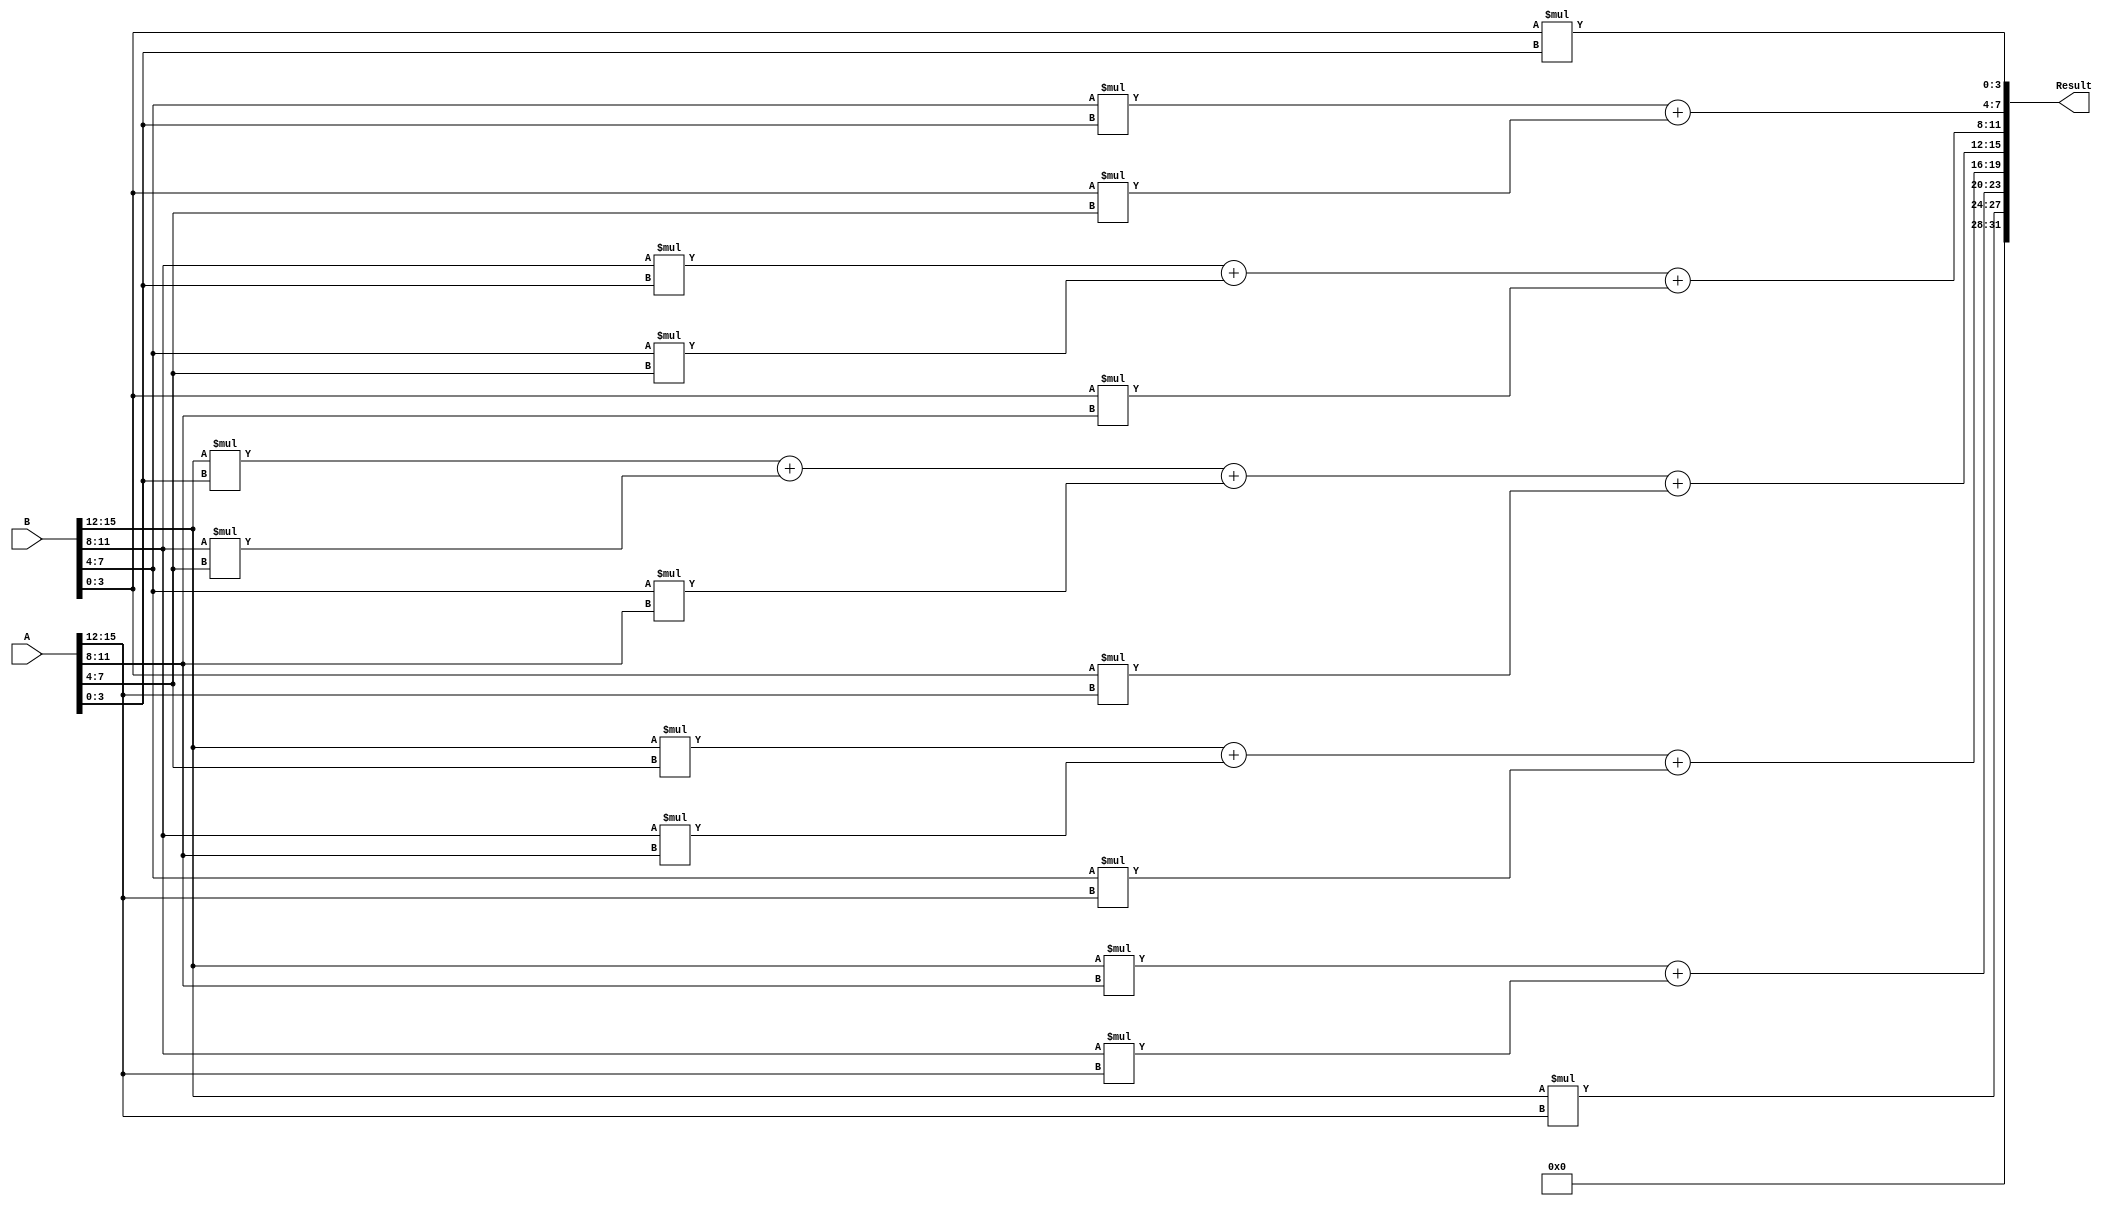

module convolution(
    input [31:0] A,
    input [31:0] B,
    output  [31:0] Result
);

    reg [3:0] x0, x1, x2, x3; // Individual wires for x
    reg [3:0] h0, h1, h2, h3; // Individual wires for h
    reg [3:0] y0, y1, y2, y3, y4, y5, y6; // Individual wires for y

    // Break A into x0, x1, x2, x3
    always @(*)
    begin
        x0 = A[3:0];
        x1 = A[7:4];
        x2 = A[11:8];
        x3 = A[15:12];
    end

    // Break B into h0, h1, h2, h3
    always @(*)
    begin
        h0 = B[3:0];
        h1 = B[7:4];
        h2 = B[11:8];
        h3 = B[15:12];
    end

    always @(*)
    begin
        y6 = h3 * x3;
        y5 = h3 * x2 + h2 * x3;
        y4 = h3 * x1 + h2 * x2 + h1 * x3;
        y3 = h3 * x0 + h2 * x1 + h1 * x2 + h0 * x3;
        y2 = h2 * x0 + h1 * x1 + h0 * x2;
        y1 = h1 * x0 + h0 * x1;
        y0 = h0 * x0;
    end

    // Concatenate outputs
    /*always @(*)
    begin
        //Result = {4'b0000, y6, y5, y4, y3, y2, y1, y0};
        Result = 32'h01010101;
    end */
    assign Result = {4'b0000, y6, y5, y4, y3, y2, y1, y0};
    //assign Result = 32'h01010101;

endmodule